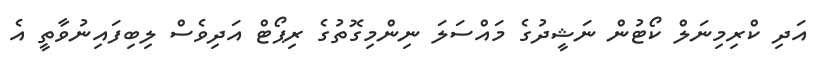
އަދި ކްރިމިނަލް ކޯޓުން ނަޝީދުގެ މައްސަލަ ނިންމިގޮތުގެ ރިޕޯޓް އަދިވެސް ލިބިފައިނުވާތީ އެ